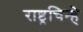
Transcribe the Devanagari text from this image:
राष्ट्रचिन्हे